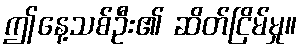
ဤနေ့သစ်ဦး၏ ဆိတ်ငြိမ်မှု။